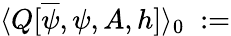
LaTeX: \langle Q[\overline{{{\psi}}},\psi,A,h]\rangle_{0}\; :=